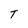
Character: T